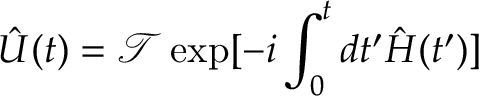
\hat { U } ( t ) = \mathcal { T } \exp [ - i \int _ { 0 } ^ { t } d t ^ { \prime } \hat { H } ( t ^ { \prime } ) ]